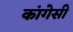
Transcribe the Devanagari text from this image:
कांगेसी